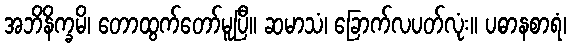
အဘိနိက္ခမိ၊ တောထွက်တော်မူပြီ။ ဆမာသံ၊ ခြောက်လပတ်လုံး။ ပဓာနစာရံ၊